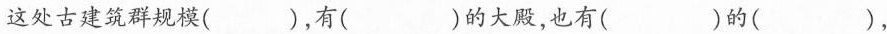
这处古建筑群规模( )，有( )的大殿，也有( )的( )，